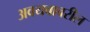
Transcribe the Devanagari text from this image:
अवयवावरील